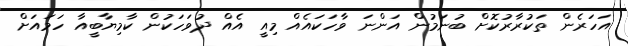
އަހަރެން ތަކުރާރުކޮށް ބުނަމުން އަންނަ ވާހަކައެއް މިއީ އެއް ދުވަހަކުން ކާމިޔާބީއާ ހަމައަށް